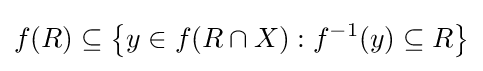
f(R)\subseteq \left\{y\in f(R\cap X):f^{-1}(y)\subseteq R\right\}